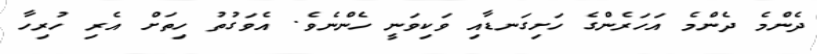
ދެންމެ ދެންމެ އަހަރެންގެ ހަށިގަނޑާއި ވަކިވަނީ ހެންނެވެ. އެވަގުތު ހިތަށް އެރި ހުރިހާ